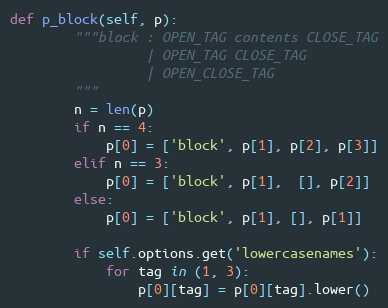
Language: Python
def p_block(self, p):
        """block : OPEN_TAG contents CLOSE_TAG
                 | OPEN_TAG CLOSE_TAG
                 | OPEN_CLOSE_TAG
        """
        n = len(p)
        if n == 4:
            p[0] = ['block', p[1], p[2], p[3]]
        elif n == 3:
            p[0] = ['block', p[1],  [], p[2]]
        else:
            p[0] = ['block', p[1], [], p[1]]

        if self.options.get('lowercasenames'):
            for tag in (1, 3):
                p[0][tag] = p[0][tag].lower()